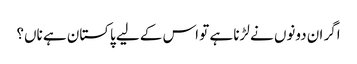
اگر ان دونوں نے لڑنا ہے تو اس کے لیے پاکستان ہے ناں؟